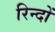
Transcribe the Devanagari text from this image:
रिन्दों